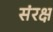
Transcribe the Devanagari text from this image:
संरक्ष